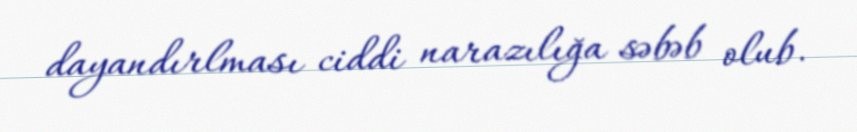
dayandırlması ciddi narazılığa səbəb olub.